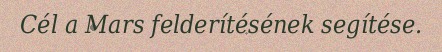
Cél a Mars felderítésének segítése.